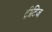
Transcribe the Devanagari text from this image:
ट्रीटिज